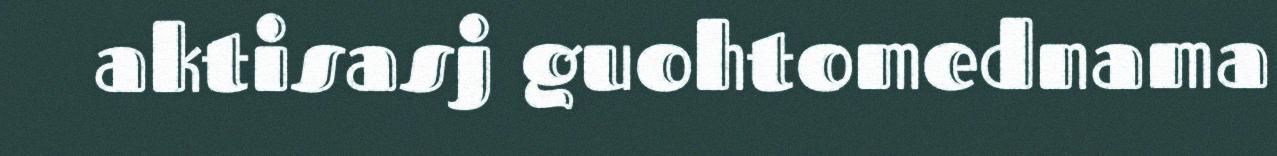
aktisasj guohtomednama